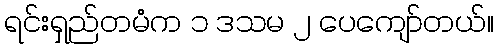
ရင်းရှည်တမံက ၁ ဒသမ ၂ ပေကျော်တယ်။